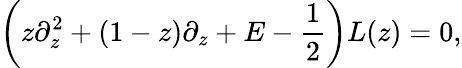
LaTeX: \left(z\partial_{z}^{2}+(1-z)\partial_{z}+E-{\frac{1}{2}}\right)L(z)=0,